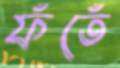
ফঁতেঁ